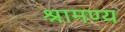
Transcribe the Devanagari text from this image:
श्रामण्य